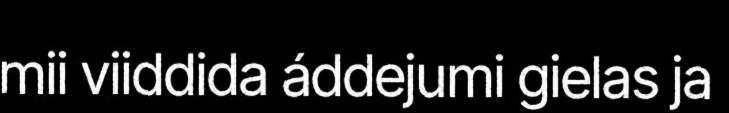
mii viiddida áddejumi gielas ja